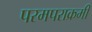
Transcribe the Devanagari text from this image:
परमपराक्रमी